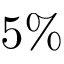
5 \%